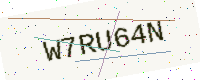
Text: W7RU64N